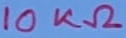
Text: 10KΩ